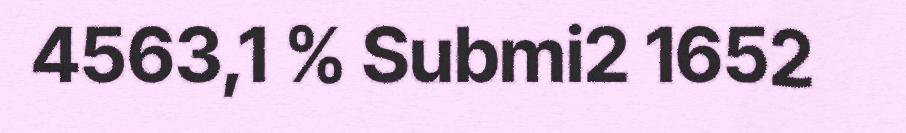
4563,1 % Submi2 1652